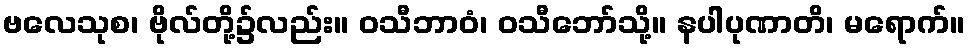
ဗလေသုစ၊ ဗိုလ်တို့၌လည်း။ ဝသီဘာဝံ၊ ဝသီဘော်သို့။ နပါပုဏာတိ၊ မရောက်။